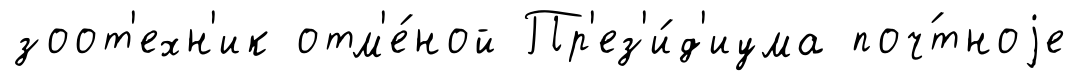
зоот'ехн'ик отм'е́ной Пр'ез'и́д'иума поч́тноjе